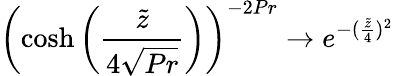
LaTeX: \left(\cosh{\left(\frac{\tilde{z}}{4\sqrt{Pr}}\right)}\right)^{-2Pr}\to e^{-(\frac{\tilde{z}}{4})^{2}}